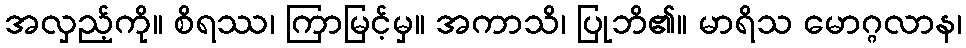
အလှည့်ကို။ စိရဿ၊ ကြာမြင့်မှ။ အကာသိ၊ ပြုဘိ၏။ မာရိသ မောဂ္ဂလာန၊